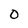
Character: 0